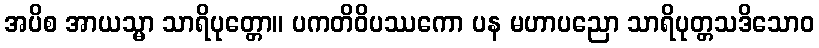
အပိစ အာယသ္မာ သာရိပုတ္တော။ ပကတိဝိပဿကော ပန မဟာပညော သာရိပုတ္တသဒိသောဝ